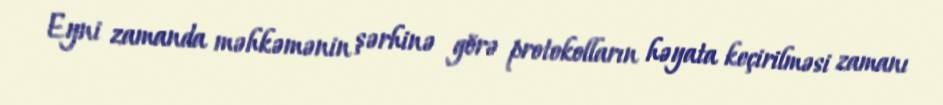
Eyni zamanda məhkəmənin şərhinə görə protokolların həyata keçirilməsi zamanı